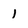
Character: 1